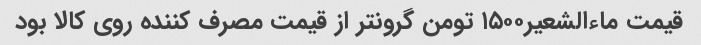
قیمت ماءالشعیر۱۵۰۰ تومن گرونتر از قیمت مصرف کننده روی کالا بود